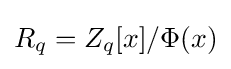
R_{q}=Z_{q}[x]/\Phi (x)